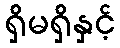
ရှိမရှိနှင့်